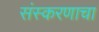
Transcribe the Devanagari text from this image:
संस्करणाचा